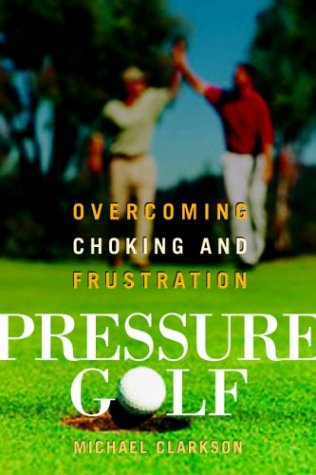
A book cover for Pressure Golf: Overcoming Choking and Frustration; Michael Clarkson; Sports & Outdoors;